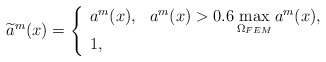
\begin{align*} \widetilde{a}^m(x)=\left\{ \begin{array}{ll} a^m(x), & a^m(x)> 0.6 \max\limits_{\Omega_{FEM} }a^m(x), \\ 1, & \end{array} \right. \end{align*}